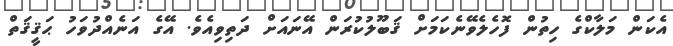
އެކަން މަލާކްގެ ހިތުން ފޮހެލެވޭނެކަމަށް ޤަބޫލުކުރަން އޭނައަށް ދަތިވިއެވެ. އޭގެ އަނެއްދުވަހު ޙަޤީޤަތް